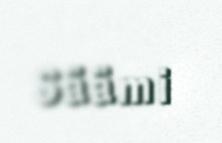
Säämi